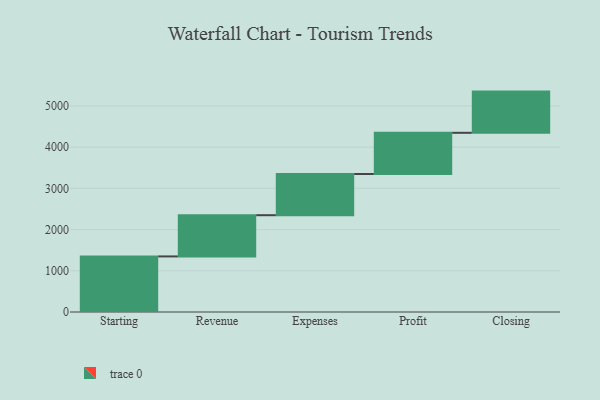
{"axis": {"x": "Step", "y": "Value"}, "legend": [""], "data": [{"x": "Starting", "y": 1349.0, "type": ""}, {"x": "Revenue", "y": 1000, "type": ""}, {"x": "Expenses", "y": 1000, "type": ""}, {"x": "Profit", "y": 1000, "type": ""}, {"x": "Closing", "y": 1000, "type": ""}]}